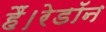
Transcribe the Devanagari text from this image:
हैं।रेडॉन